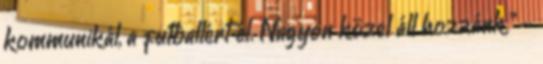
kommunikál, a futballért él. Nagyon közel áll hozzánk." -